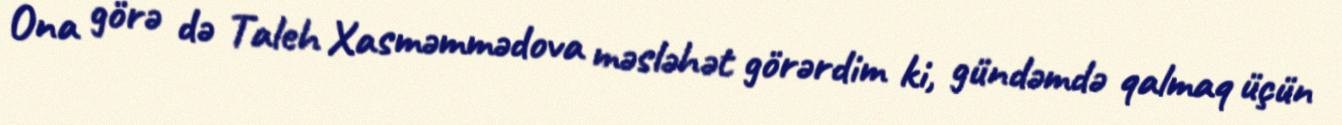
Ona görə də Taleh Xasməmmədova məsləhət görərdim ki, gündəmdə qalmaq üçün